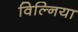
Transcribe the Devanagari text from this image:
विल्निया